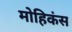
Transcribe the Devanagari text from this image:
मोहिकंस